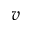
v